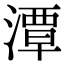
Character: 潭